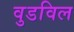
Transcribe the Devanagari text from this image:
वुडविल